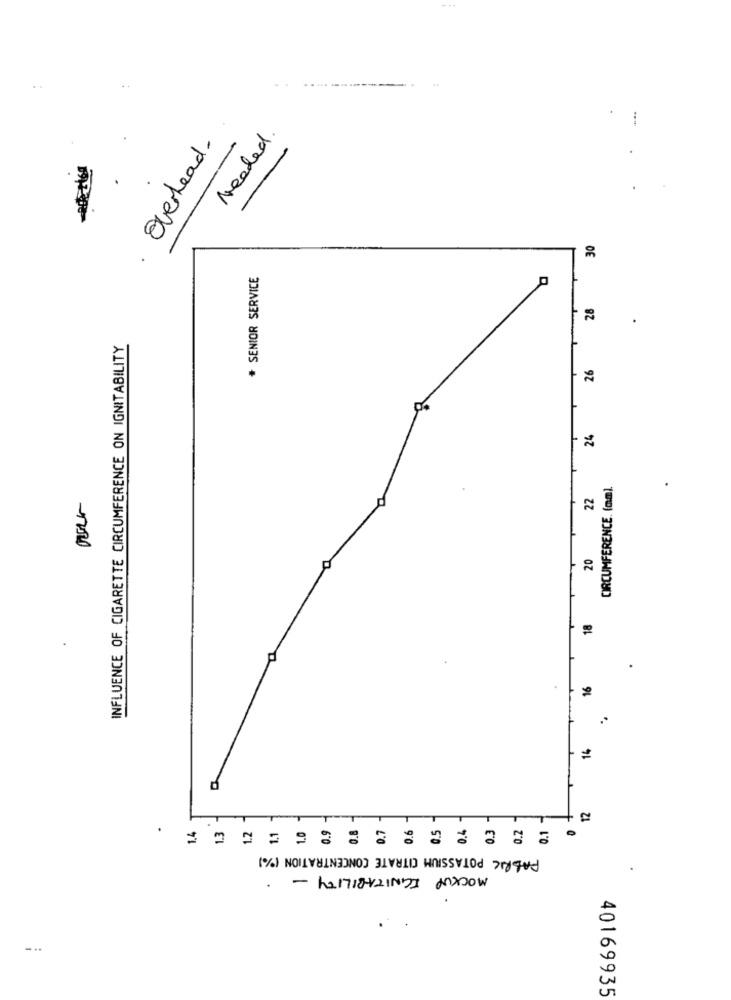
Needed .
Overhead.
30
.
* SENIOR SERVICE
28
INFLUENCE OF CIGARETTE CIRCUMFERENCE ON IGNITABILITY
26
24
CIRCUMFERENCE. (mm).
22
20
18
16
=========== = . . .
FABRIC POTASSIUM CITRATE CONCENTRATION (%)
MOCKUP IGNITABILITY -
...
40169935